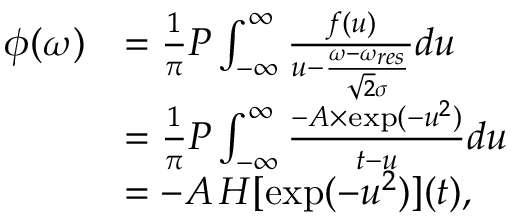
\begin{array} { r l } { \phi ( \omega ) } & { = \frac { 1 } { \pi } P \int _ { - \infty } ^ { \infty } \frac { f ( u ) } { u - \frac { \omega - \omega _ { r e s } } { \sqrt { 2 } \sigma } } d u } \\ & { = \frac { 1 } { \pi } P \int _ { - \infty } ^ { \infty } \frac { - A \times \exp ( - u ^ { 2 } ) } { t - u } d u } \\ & { = - A \, H [ \exp ( - u ^ { 2 } ) ] ( t ) , } \end{array}